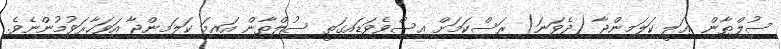
ސުލްޠާން ޢަލީ ކަލަމިންޖާ (ދެވަނަ) ރަސްކަމަށް އިސްވެވަޑައިގަތީ ސުލްޠާން އައިމަ ކަލަމިންޖާ އަވަހާރަވުމުންނެވެ.